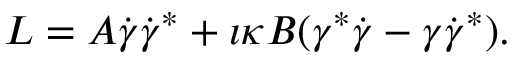
L = A \dot { \gamma } \dot { \gamma } ^ { * } + \imath \kappa B ( \gamma ^ { * } \dot { \gamma } - \gamma \dot { \gamma } ^ { * } ) .